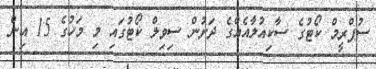
ސުޕްރީމް ކޯޓުގެ ސާކިއުލާއެއްގެ ދަށުން ސިވިލް ކޯޓުގައި މި މަހުގެ 15 އިން